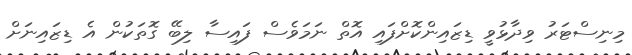
މިނިސްޓަރު ވިދާޅުވީ ޑިޒައިންކޮށްފައި އޮތް ނަމަވެސް ފައިސާ ލިބޭ ގޮތަކުން އެ ޑިޒައިނަށް